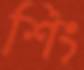
শিং